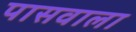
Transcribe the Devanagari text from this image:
पासवाला